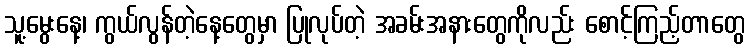
သူ့မွေးနေ့၊ ကွယ်လွန်တဲ့နေ့တွေမှာ ပြုလုပ်တဲ့ အခမ်းအနားတွေကိုလည်း စောင့်ကြည့်တာတွေ